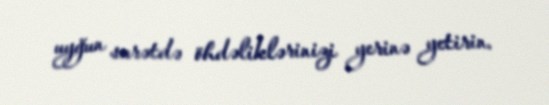
uyğun surətdə öhdəliklərinizi yerinə yetirin.